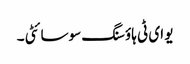
یو ای ٹی ہاؤسنگ سوسائٹی ۔